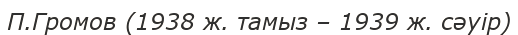
П.Громов (1938 ж. тамыз – 1939 ж. сәуір)